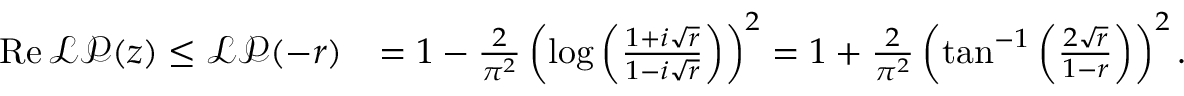
\begin{array} { r l } { \operatorname { R e } { \mathcal { L P } } ( z ) \leq \mathcal { L P } ( - r ) } & { = 1 - \frac { 2 } { \pi ^ { 2 } } \left( \log \left( \frac { 1 + i \sqrt { r } } { 1 - i \sqrt { r } } \right) \right) ^ { 2 } = 1 + \frac { 2 } { \pi ^ { 2 } } \left( \tan ^ { - 1 } \left( \frac { 2 \sqrt { r } } { 1 - r } \right) \right) ^ { 2 } . } \end{array}